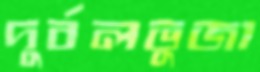
দুর্বলভুজা